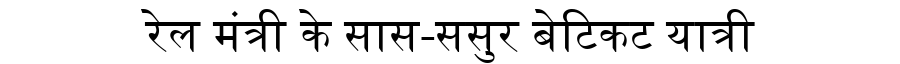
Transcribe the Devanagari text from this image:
रेल मंत्री के सास-ससुर बेटिकट यात्री